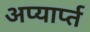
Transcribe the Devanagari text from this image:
अप्यार्प्त